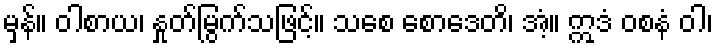
မှန်။ ဝါစာယ၊ နှုတ်မြွက်သဖြင့်။ သစေ စောဒေတိ၊ အံ့။ ဣဒံ ဝစနံ ဝါ၊